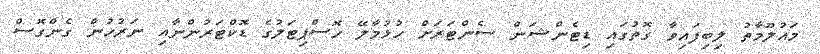
މައުލޫމާތު ލިބިފައިވާ ގޮތުގައި ޑިޓެންޝަން ސެންޓަރަށް ހުޅުމާލޭ ހޮސްޕިޓަލުގެ ޑޮކްޓަރުންނާއި ނަރުހުން ގެންގޮސް